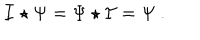
\mathcal { I } \star \Psi = \Psi \star \mathcal { I } = \Psi \ .